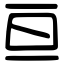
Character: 亘